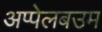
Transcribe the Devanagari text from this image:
अप्पेलबउम